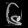
Digit: ၆